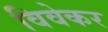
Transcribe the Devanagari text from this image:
विवेकर